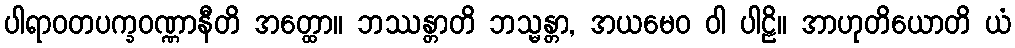
ပါရာဝတပက္ခဝဏ္ဏာနီတိ အတ္ထော။ ဘဿန္တာတိ ဘသ္မန္တာ, အယမေဝ ဝါ ပါဠိ။ အာဟုတိယောတိ ယံ